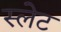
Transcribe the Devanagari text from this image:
स्‍लेट